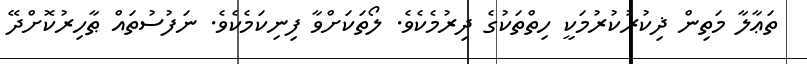
ތަޢާލާ މަތިން ޛިކުރުކުރުމަކީ ހިތްތަކުގެ ދިރުމެކެވެ. ލޯތަކަށްވާ ފިނިކަމެކެވެ. ނަފުސުތައް ޠާހިރުކޮށްދޭ